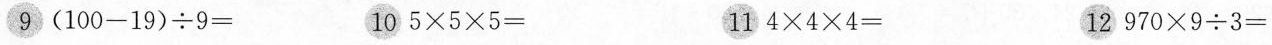
9 $$( 1 0 0 - 1 9 ) \div 9 =$$ 10 $$5 \times 5 \times 5 =$$ 11 $$4 \times 4 \times 4 =$$ 12 $$9 7 0 \times 9 \div 3 =$$